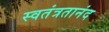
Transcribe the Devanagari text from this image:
स्वतंत्रतानंद